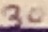
Text: 30